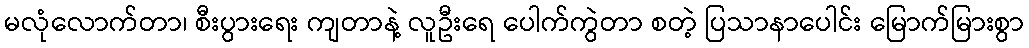
မလုံလောက်တာ၊ စီးပွားရေး ကျတာနဲ့ လူဦးရေ ပေါက်ကွဲတာ စတဲ့ ပြသာနာပေါင်း မြောက်မြားစွာ